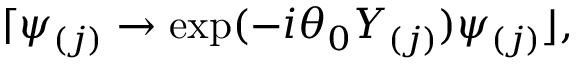
\lceil \psi _ { ( j ) } \rightarrow \exp ( - i \theta _ { 0 } Y _ { ( j ) } ) \psi _ { ( j ) } \rfloor ,